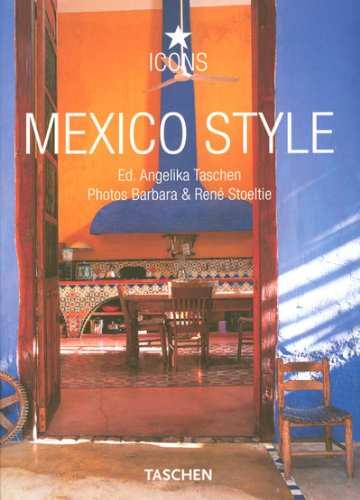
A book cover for Mexico Style (Icon (Taschen)); Travel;